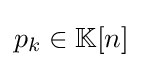
p_{k}\in \mathbb {K} [n]